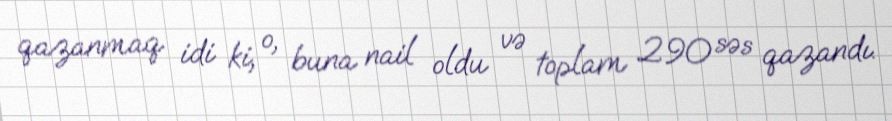
qazanmaq idi ki, o, buna nail oldu və toplam 290 səs qazandı.